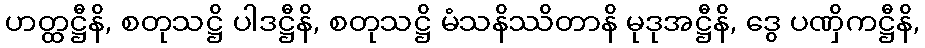
ဟတ္ထဋ္ဌီနိ, စတုသဋ္ဌိ ပါဒဋ္ဌီနိ, စတုသဋ္ဌိ မံသနိဿိတာနိ မုဒုအဋ္ဌီနိ, ဒွေ ပဏှိကဋ္ဌီနိ,